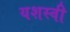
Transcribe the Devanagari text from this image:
यशस्‍वी